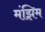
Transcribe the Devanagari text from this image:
मंझिम